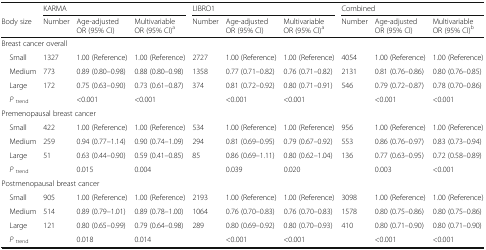
<table><thead><tr><td></td><td colspan="3"><b>KARMA</b></td><td colspan="3"><b>LIBRO1</b></td><td colspan="3"><b>Combined</b></td></tr><tr><td><b>Body size</b></td><td><b>Number</b></td><td><b>Age-adjustedOR (95% CI)</b></td><td><b>MultivariableOR (95% CI)<sup>a</sup></b></td><td><b>Number</b></td><td><b>Age-adjustedOR (95% CI)</b></td><td><b>MultivariableOR (95% CI)<sup>a</sup></b></td><td><b>Number</b></td><td><b>Age-adjustedOR (95% CI)</b></td><td><b>MultivariableOR (95% CI)<sup>b</sup></b></td></tr></thead><tbody><tr><td colspan="10">Breast cancer overall</td></tr><tr><td> Small</td><td>1327</td><td>1.00 (Reference)</td><td>1.00 (Reference)</td><td>2727</td><td>1.00 (Reference)</td><td>1.00 (Reference)</td><td>4054</td><td>1.00 (Reference)</td><td>1.00 (Reference)</td></tr><tr><td> Medium</td><td>773</td><td>0.89 (0.80–0.98)</td><td>0.88 (0.80–0.98)</td><td>1358</td><td>0.77 (0.71–0.82)</td><td>0.76 (0.71–0.82)</td><td>2131</td><td>0.81 (0.76–0.86)</td><td>0.80 (0.76–0.85)</td></tr><tr><td> Large</td><td>172</td><td>0.75 (0.63–0.90)</td><td>0.73 (0.61–0.87)</td><td>374</td><td>0.81 (0.72–0.92)</td><td>0.80 (0.71–0.91)</td><td>546</td><td>0.79 (0.72–0.87)</td><td>0.78 (0.70–0.86)</td></tr><tr><td> <i>P</i><sub>trend</sub></td><td></td><td>&lt;0.001</td><td>&lt;0.001</td><td></td><td>&lt;0.001</td><td>&lt;0.001</td><td></td><td>&lt;0.001</td><td>&lt;0.001</td></tr><tr><td colspan="10">Premenopausal breast cancer</td></tr><tr><td> Small</td><td>422</td><td>1.00 (Reference)</td><td>1.00 (Reference)</td><td>534</td><td>1.00 (Reference)</td><td>1.00 (Reference)</td><td>956</td><td>1.00 (Reference)</td><td>1.00 (Reference)</td></tr><tr><td> Medium</td><td>259</td><td>0.94 (0.77–1.14)</td><td>0.90 (0.74–1.09)</td><td>294</td><td>0.81 (0.69–0.95)</td><td>0.79 (0.67–0.92)</td><td>553</td><td>0.86 (0.76–0.97)</td><td>0.83 (0.73–0.94)</td></tr><tr><td> Large</td><td>51</td><td>0.63 (0.44–0.90)</td><td>0.59 (0.41–0.85)</td><td>85</td><td>0.86 (0.69–1.11)</td><td>0.80 (0.62–1.04)</td><td>136</td><td>0.77 (0.63–0.95)</td><td>0.72 (0.58–0.89)</td></tr><tr><td> <i>P</i><sub>trend</sub></td><td></td><td>0.015</td><td>0.004</td><td></td><td>0.039</td><td>0.020</td><td></td><td>0.003</td><td>&lt;0.001</td></tr><tr><td colspan="10">Postmenopausal breast cancer</td></tr><tr><td> Small</td><td>905</td><td>1.00 (Reference)</td><td>1.00 (Reference)</td><td>2193</td><td>1.00 (Reference)</td><td>1.00 (Reference)</td><td>3098</td><td>1.00 (Reference)</td><td>1.00 (Reference)</td></tr><tr><td> Medium</td><td>514</td><td>0.89 (0.79–1.01)</td><td>0.89 (0.78–1.00)</td><td>1064</td><td>0.76 (0.70–0.83)</td><td>0.76 (0.70–0.83)</td><td>1578</td><td>0.80 (0.75–0.86)</td><td>0.80 (0.75–0.86)</td></tr><tr><td> Large</td><td>121</td><td>0.80 (0.65–0.99)</td><td>0.79 (0.64–0.98)</td><td>289</td><td>0.80 (0.69–0.92)</td><td>0.80 (0.70–0.93)</td><td>410</td><td>0.80 (0.71–0.90)</td><td>0.80 (0.71–0.90)</td></tr><tr><td> <i>P</i><sub>trend</sub></td><td></td><td>0.018</td><td>0.014</td><td></td><td>&lt;0.001</td><td>&lt;0.001</td><td></td><td>&lt;0.001</td><td>&lt;0.001</td></tr></tbody></table>